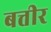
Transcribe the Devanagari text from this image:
बत्तीर